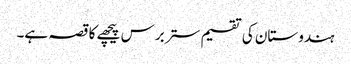
ہندوستان کی تقسیم ستر برس پیچھے کا قصہ ہے۔